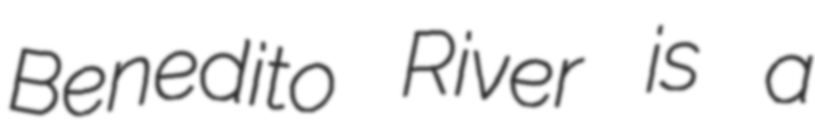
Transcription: Benedito River is a